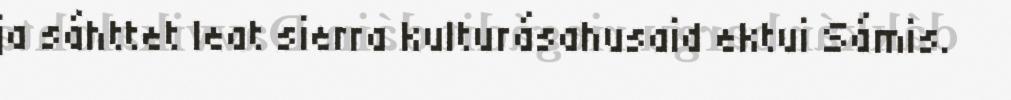
ja sáhttet leat sierra kulturásahusaid ektui Sámis.